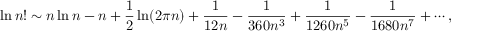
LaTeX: \ln n ! \sim n \ln n - n + { \frac { 1 } { 2 } } \ln ( 2 \pi n ) + { \frac { 1 } { 1 2 n } } - { \frac { 1 } { 3 6 0 n ^ { 3 } } } + { \frac { 1 } { 1 2 6 0 n ^ { 5 } } } - { \frac { 1 } { 1 6 8 0 n ^ { 7 } } } + \cdots ,